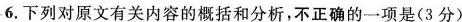
6.下列对原文有关内容的概括和分析，不正确的一项是(3分)